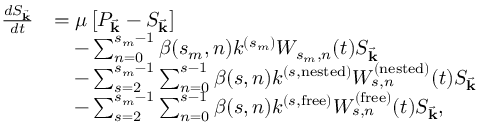
\begin{array} { r l } { \frac { d S _ { \vec { \mathbf { k } } } } { d t } } & { = \mu \left[ P _ { \vec { \mathbf { k } } } - S _ { \vec { \mathbf { k } } } \right] } \\ & { \quad - \sum _ { n = 0 } ^ { s _ { m } - 1 } \beta ( s _ { m } , n ) k ^ { ( s _ { m } ) } W _ { s _ { m } , n } ( t ) S _ { \vec { \mathbf { k } } } } \\ & { \quad - \sum _ { s = 2 } ^ { s _ { m } - 1 } \sum _ { n = 0 } ^ { s - 1 } \beta ( s , n ) k ^ { ( s , \mathrm { n e s t e d } ) } W _ { s , n } ^ { ( \mathrm { n e s t e d } ) } ( t ) S _ { \vec { \mathbf { k } } } } \\ & { \quad - \sum _ { s = 2 } ^ { s _ { m } - 1 } \sum _ { n = 0 } ^ { s - 1 } \beta ( s , n ) k ^ { ( s , \mathrm { f r e e } ) } W _ { s , n } ^ { ( \mathrm { f r e e } ) } ( t ) S _ { \vec { \mathbf { k } } } , } \end{array}